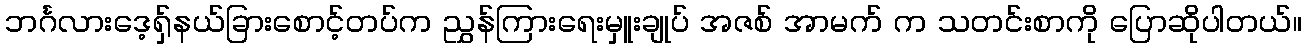
ဘင်္ဂလားဒေ့ရှ်နယ်ခြားစောင့်တပ်က ညွှန်ကြားရေးမှူးချုပ် အဇစ် အာမက် က သတင်းစာကို ပြောဆိုပါတယ်။